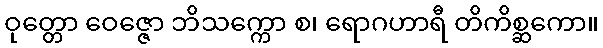
ဝုတ္တော ဝေဇ္ဇော ဘိသက္ကော စ၊ ရောဂဟာရီ တိကိစ္ဆကော။